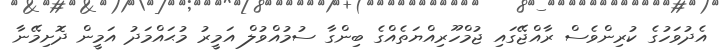
އެދުވަހުގެ ކުރިންވެސް ރާއްޖޭގައި ޖުމްހޫރިއްޔަތެއްގެ ބިންގާ ސުމުއްވުލް އަމީރު މުޙައްމަދު އަމީން ދޮށިމޭނާ